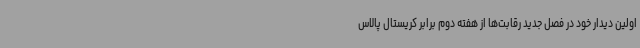
اولین دیدار خود در فصل جدید رقابت‌ها از هفته دوم برابر کریستال پالاس